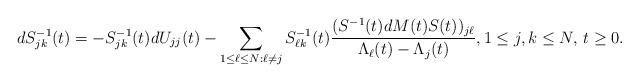
LaTeX: \begin{align*}dS^{-1}_{jk}(t)= -S^{-1}_{jk}(t) dU_{jj}(t)- \sum_{1 \leq \ell \leq N: \ell \not=j}S^{-1}_{\ell k}(t)\frac{(S^{-1}(t) dM(t) S(t))_{j \ell}}{\Lambda_{\ell}(t)-\Lambda_j(t)},1 \leq j, k \leq N, \, t \geq 0.\end{align*}